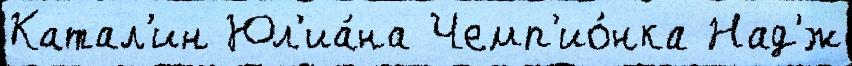
Катал'ин Юл'иа́на Чемп'ио́нка Над'́ж